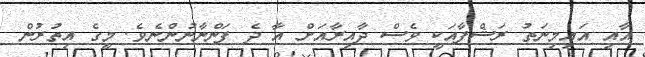
އާއި އައިމިނަތު ރަޝްފާއަކީ ވެސް ދާއިރާއަށް އާ ދެ ފަންނާނުންނެވެ. މީގެ އިތުރުން